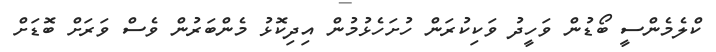
ކްލެމެންސީ ބޯޑުން ވަހީދު ވަކިކުރަން ހުށަހެޅުމުން އިދިކޮޅު މެންބަރުން ވެސް ވަރަށް ބޮޑަށް